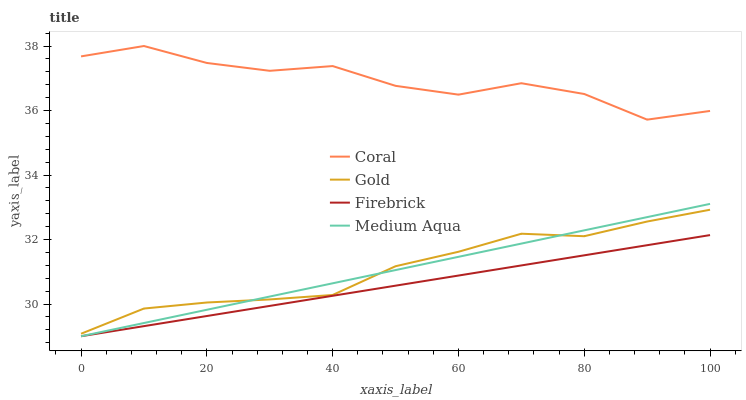
| xaxis_label | Coral | Gold | Firebrick | Medium Aqua |
 | --- | --- | --- | --- | --- |
 | 0 | 37.7 | 29.1 | 29 | 29 |
 | 10 | 38 | 29.9 | 29.3 | 29.4 |
 | 20 | 37.5 | 30 | 29.6 | 29.8 |
 | 30 | 37.2 | 30.1 | 29.9 | 30.2 |
 | 40 | 37.4 | 30.3 | 30.3 | 30.6 |
 | 50 | 36.8 | 31.2 | 30.6 | 31.1 |
 | 60 | 36.5 | 31.6 | 30.9 | 31.5 |
 | 70 | 36.8 | 32.2 | 31.2 | 31.9 |
 | 80 | 36.5 | 32.1 | 31.5 | 32.3 |
 | 90 | 35.7 | 32.6 | 31.8 | 32.7 |
 | 100 | 36 | 32.9 | 32.1 | 33.1 |